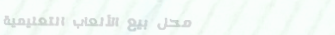
محل بيع الألعاب التعليمية